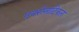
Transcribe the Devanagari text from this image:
एयरोनाटिकल